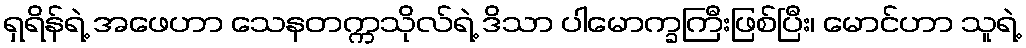
ရှရိန်ရဲ့ အဖေဟာ သေနတက္ကသိုလ်ရဲ့ ဒိသာ ပါမောက္ခကြီးဖြစ်ပြီး၊ မောင်ဟာ သူရဲ့